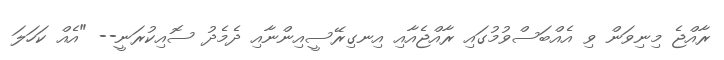
ރާއްޖެ މިނިވަން ވި އެއްބަސްވުމުގައި ރާއްޖެއާއި އިނގިރޭސީއިންނާއި ދެމެދު ސޮއިކުރަނީ-- "އެއް ކަހަލަ